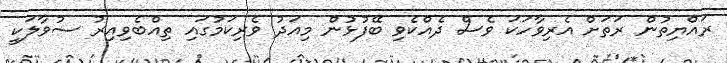
ރައްޔިތުން ރަތަށް އެރިވާހަކަ ވެސް ދެއްކެވި ބޭފުޅުން މިއަދު ވެރިކަމުގައި ތިއްބެވިއިރު ސުވާލަކީ